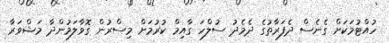
ހުއްޓުމަކަށް ގެނެސް ދެފަރާތުގެ ދެމެދު ސުލްހަ ގާއިމް ކުރުމަށް މިސްރުން ގޮވާލަމުންދާ މަޝްވަރާ